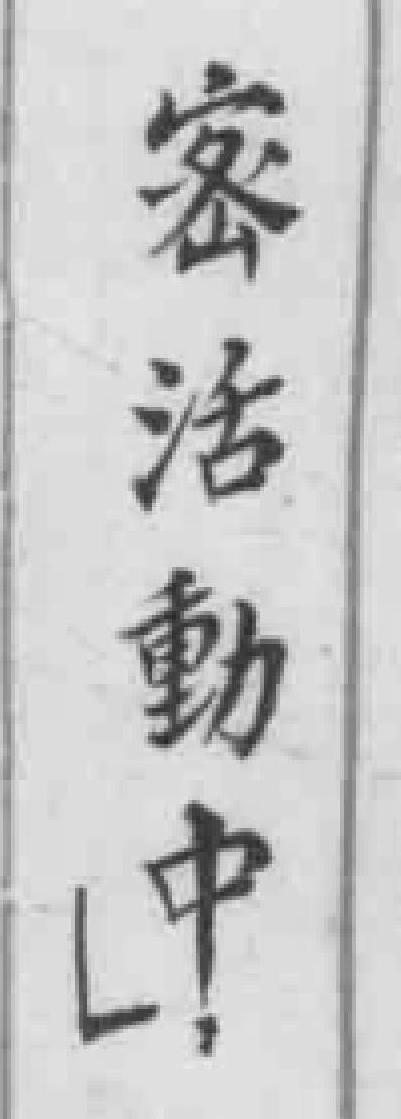
密活動中